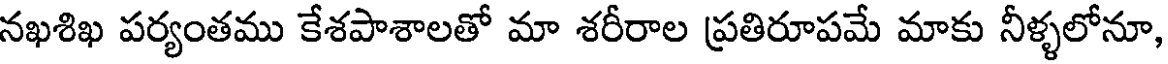
నఖశిఖ పర్యంతము కేశపాశాలతో మా శరీరాల ప్రతిరూపమే మాకు నీళ్ళలోనూ,